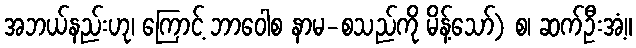
အဘယ်နည်းဟု၊ ကြောင့် ဘာဝေါစ နာမ-စသည်ကို မိန့်သော်) စ၊ ဆက်ဦးအံ့။